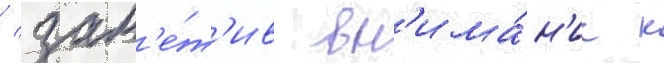
/ зам'е́т'ив вн'има́н'ие к